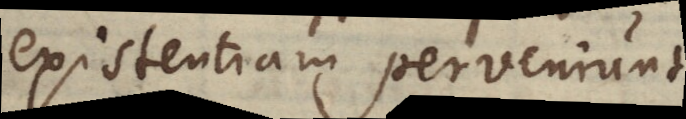
existentiam perveniunt